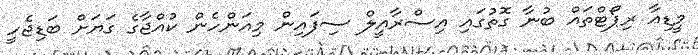
މީޑިއާ ރިޕޯޓްތައް ބުނާ ގޮތުގައި އިސްރާއީލް ސިފައިން މިއަންހެން ކުއްޖާގެ ގަޔަށް ބަޑިޖެހީ